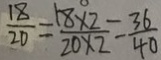
\frac { 1 8 } { 2 0 } = \frac { 1 8 \times 2 } { 2 0 \times 2 } = \frac { 3 6 } { 4 0 }